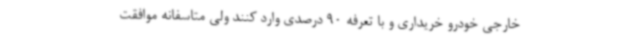
خارجی خودرو خریداری و با تعرفه 90 درصدی وارد کنند ولی متاسفانه موافقت